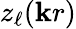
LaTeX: z_{\ell}(\mathbf{k}r)